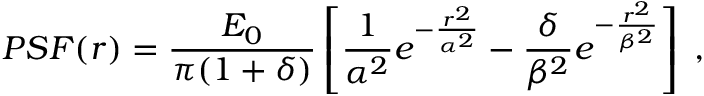
P S F ( r ) = \frac { E _ { 0 } } { \pi ( 1 + \delta ) } \left[ \frac { 1 } { \alpha ^ { 2 } } e ^ { - \frac { r ^ { 2 } } { \alpha ^ { 2 } } } - \frac { \delta } { \beta ^ { 2 } } e ^ { - \frac { r ^ { 2 } } { \beta ^ { 2 } } } \right] \; ,